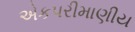
એકપરીમાણીય